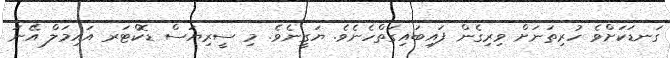
ގަނޑަކަށްވެ ހުރިތަނަށް ވިރިގެން ފައިބައިގަތްހެނެވެ. ޔަގީނެވެ. މި ސީރިޔަސް ޑޮކްޓަރ އައިމަލް އޭނަ